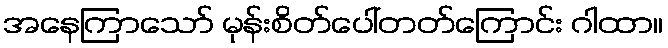
အနေကြာသော် မုန်းစိတ်ပေါ်တတ်ကြောင်း ဂါထာ။